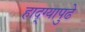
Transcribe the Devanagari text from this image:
हाद्ग्यापुढे